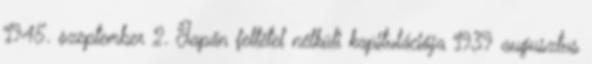
1945. szeptember 2. Japán feltétel nélküli kapitulációja 1939 augusztus